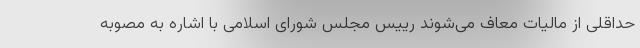
حداقلی از مالیات معاف می‌شوند رییس مجلس شورای اسلامی با اشاره به مصوبه